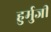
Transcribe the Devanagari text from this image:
हुर्मुजी